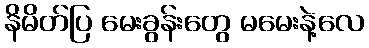
နိမိတ်ပြ မေးခွန်းတွေ မမေးနဲ့လေ